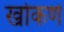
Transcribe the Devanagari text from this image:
खोकणे